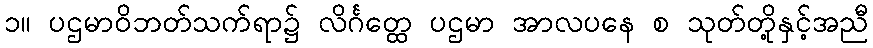
၁။ ပဌမာဝိဘတ်သက်ရာ၌ လိင်္ဂတ္ထေ ပဌမာ အာလပနေ စ သုတ်တို့နှင့်အညီ